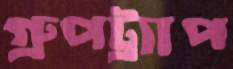
গ্রুপট্র্যাপ